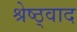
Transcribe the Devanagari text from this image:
श्रेष्ठ्वाद